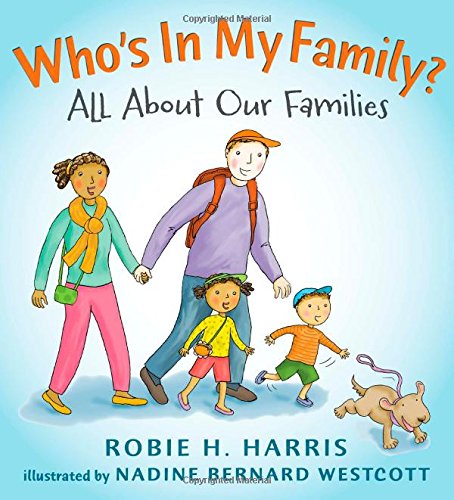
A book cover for Who's In My Family?: All About Our Families (Let's Talk about You and Me); Robie H. Harris; Children's Books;